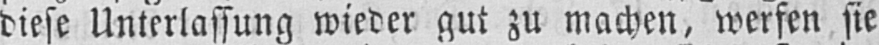
diese Unterlassung wieder gut zu machen, werfen sie